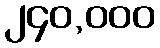
၂၄၀,၀၀၀